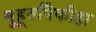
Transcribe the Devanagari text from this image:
मुहूर्तांपैकीहा